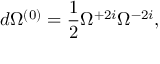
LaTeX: d \Omega ^ { ( 0 ) } = \frac 1 2 \Omega ^ { + 2 i } \Omega ^ { - 2 i } ,